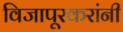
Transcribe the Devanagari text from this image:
विजापूरकरांनी